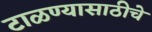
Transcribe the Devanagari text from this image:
टाळण्यासाठीचे